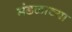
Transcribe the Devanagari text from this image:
मंडळाच्‍या